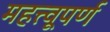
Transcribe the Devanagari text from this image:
महत्त्वूपर्ण